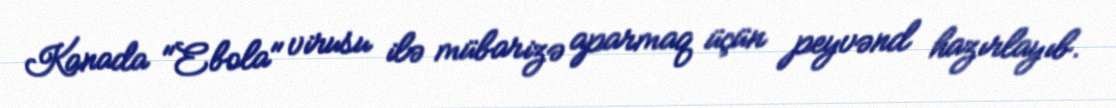
Kanada "Ebola" virusu ilə mübarizə aparmaq üçün peyvənd hazırlayıb.